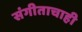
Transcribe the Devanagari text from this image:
संगीताचाही